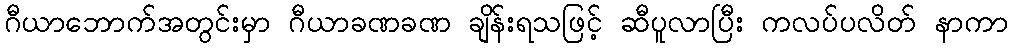
ဂီယာဘောက်အတွင်းမှာ ဂီယာခဏခဏ ချိန်းရသဖြင့် ဆီပူလာပြီး ကလပ်ပလိတ် နာကာ